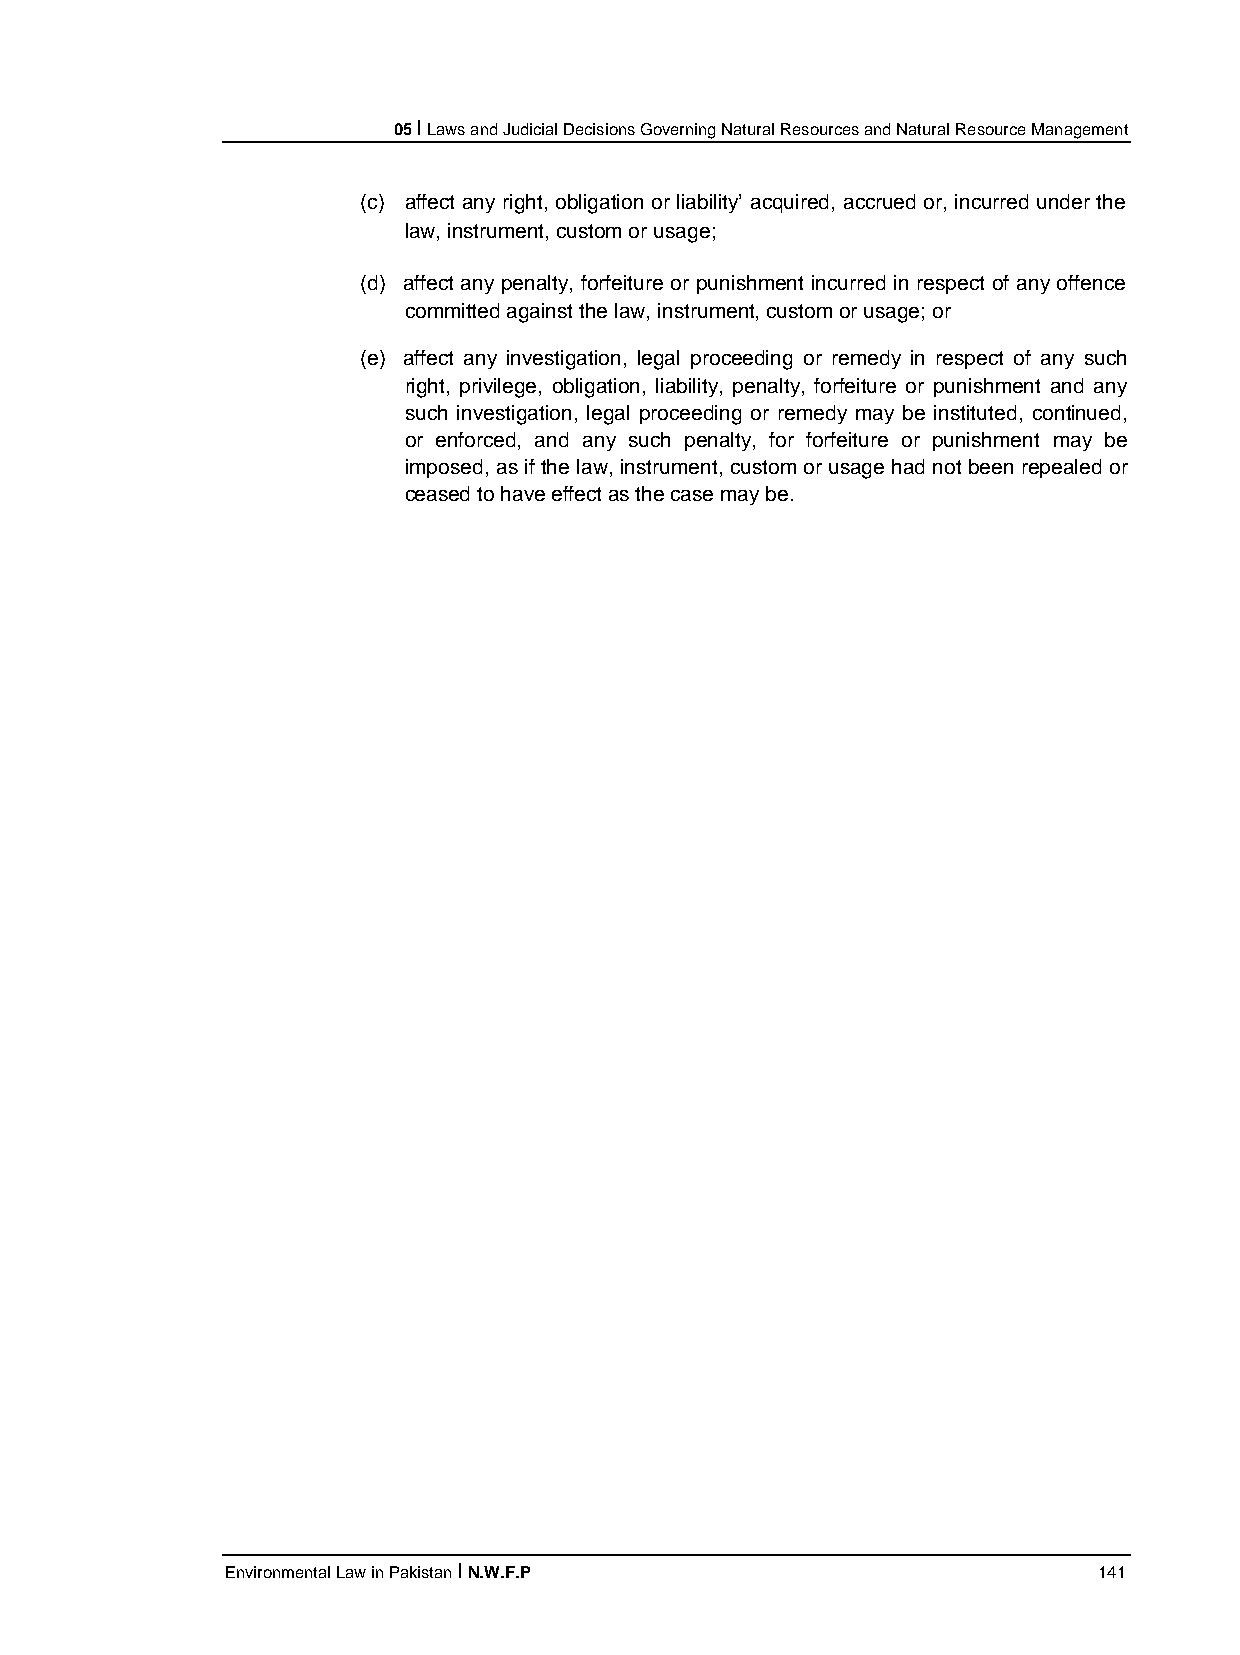
05 I Laws and Judicial Decisions Governing Natural Resources and Natural Resource Management
 (c) affect any right, obligation or liability’ acquired, accrued or, incurred under the
 law, instrument, custom or usage;
 (d) affect any penalty, forfeiture or punishment incurred in respect of any offence
 committed against the law, instrument, custom or usage; or
 (e) affect any investigation, legal proceeding or remedy in respect of any such
 right, privilege, obligation, liability, penalty, forfeiture or punishment and any
 such investigation, legal proceeding or remedy may be instituted, continued,
 or enforced, and any such penalty, for forfeiture or punishment may be
 imposed, as if the law, instrument, custom or usage had not been repealed or
 ceased to have effect as the case may be.
 Environmental Law in Pakistan I N.W.F.P                   141